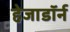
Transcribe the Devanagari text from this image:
हेजाडॉर्न